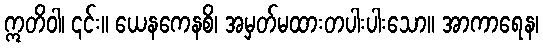
ဣတိဝါ၊ ၎င်း။ ယေနကေနစိ၊ အမှတ်မထားတပါးပါးသော။ အာကာရေန၊